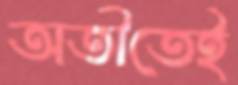
অতীতেই